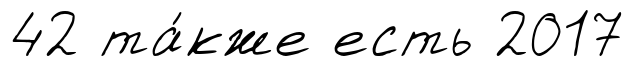
42 та́кже есть 2017